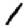
Digit: 1